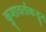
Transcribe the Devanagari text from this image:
कुशावर्ताकडून